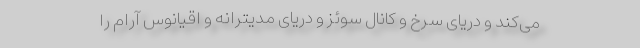
می‌کند و دریای سرخ و کانال سوئز و دریای مدیترانه و اقیانوس آرام را